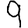
Digit: 9